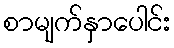
စာမျက်နှာပေါင်း